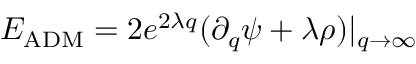
E _ { \mathrm { A D M } } = 2 e ^ { 2 \lambda q } ( \partial _ { q } \psi + \lambda \rho ) | _ { q \to \infty }